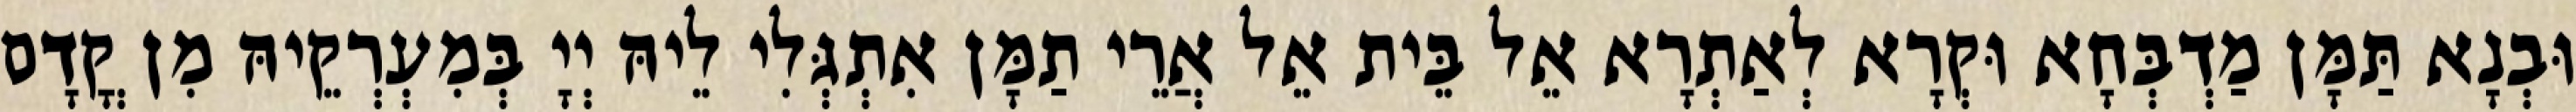
וּבְנָא תַּמָּן מַדְבְּחָא וּקְרָא לְאַתְרָא אֵל בֵּית אֵל אֲרֵי תַמָּן אִתְגְּלִי לֵיהּ יְיָ בְּמִעְרְקֵיהּ מִן קֳדָם